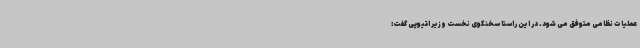
عملیات نظامی متوفق می شود. در این راستا سخنگوی نخست وزیر اتیوپی گفت: